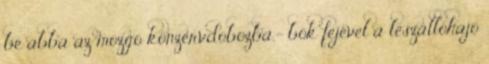
be abba az mozgó konzervdobozba.- bök fejével a leszállóhajó